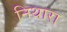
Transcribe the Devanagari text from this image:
निथारा